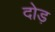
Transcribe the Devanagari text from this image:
दोड़